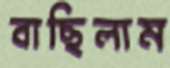
বাছিলাম